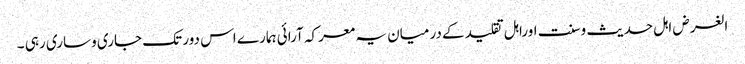
الغرض اہل حدیث وسنت اوراہل تقلید کے درمیان یہ معرکہ آرائی ہمارے اس دور تک جاری وساری رہی ۔